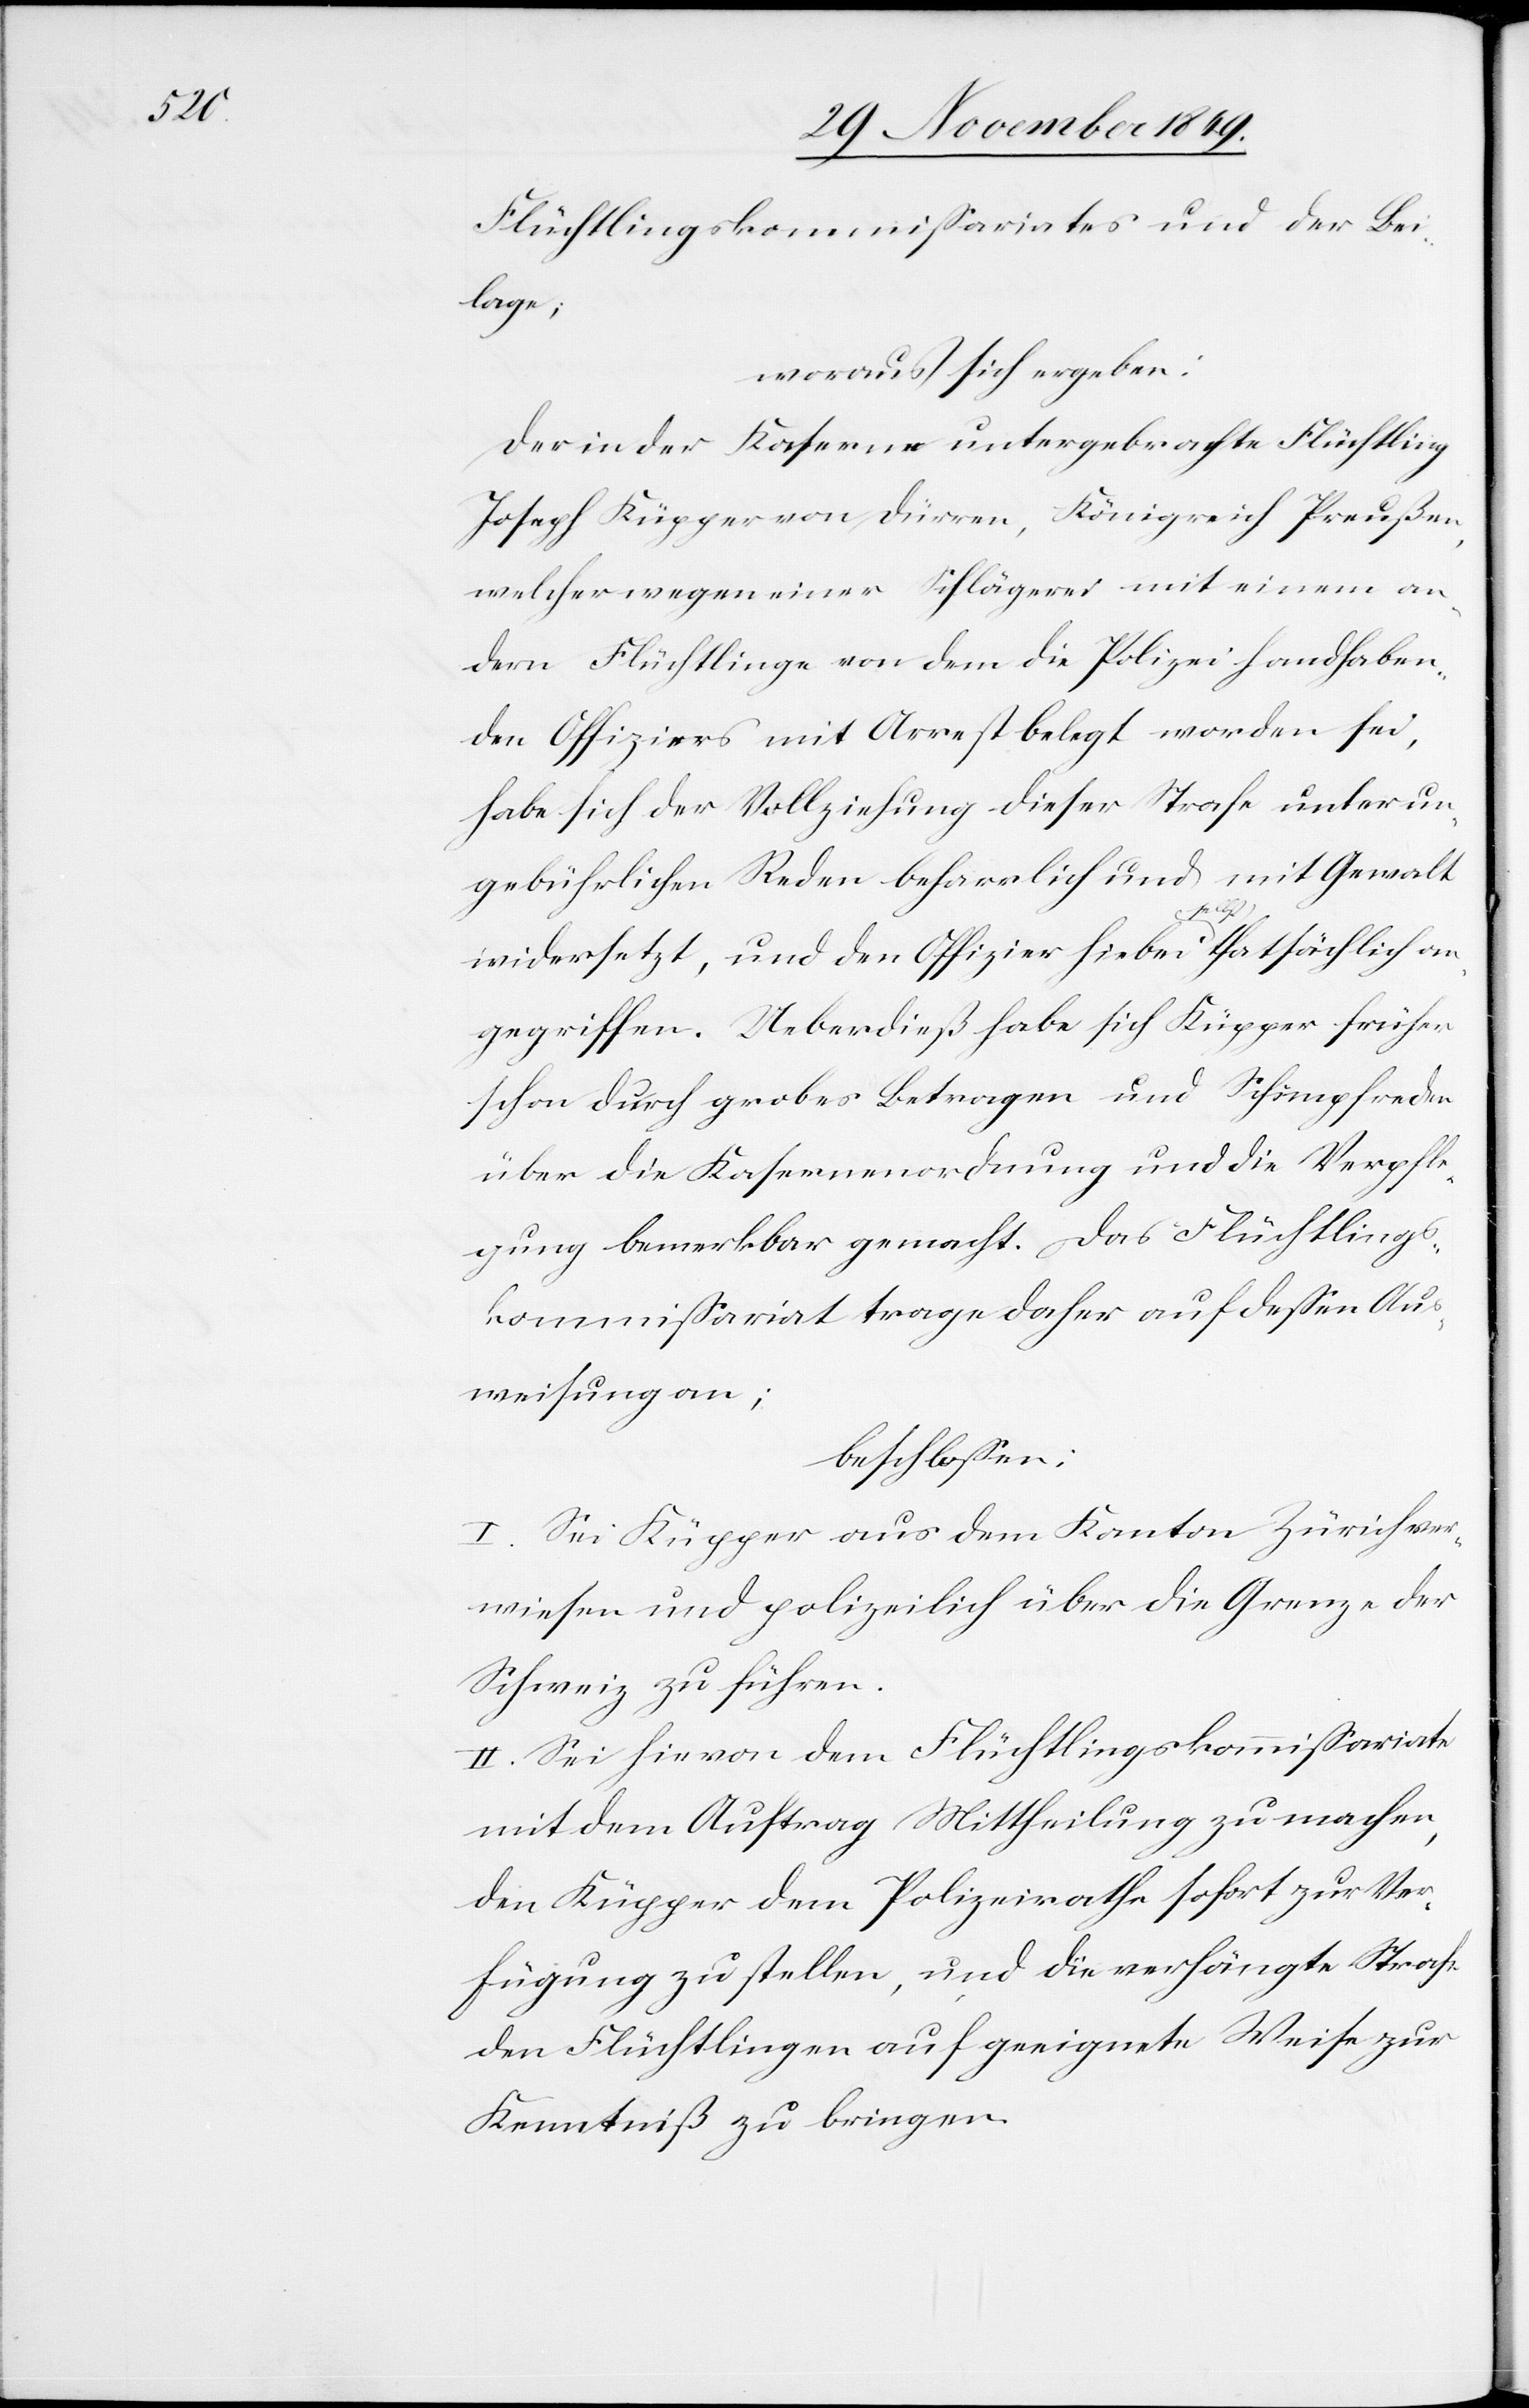
Flüchtlingskommißariates und der Bei¬
lage;
woraus sich ergeben:
Der in der Kaserne untergebrachte Flüchtling
Joseph Küpper von Dürren, Königreich Preußen,
welcher wegen einer Schlägerei mit einem an¬
dern Flüchtling von dem die Polizei handhaben¬
den Offiziers mit Arrest belegt worden sei,
habe sich der Vollziehung dieser Strafe unter un¬
gebührlichen Reden beharrlich und mit Gewalt
widersetzt, und den Offizier hiebei selbst thätlich an¬
gegriffen. Ueberdies habe sich Küpper früher
schon durch grobes Betragen und Schimpfreden
über die Kasernenordnung und die Verpfle¬
gung bemerkbar gemacht. Das Flüchtlings¬
kommißariat trage daher auf deßen Aus¬
weisung an;
beschloßen:
I. Sei Küpper aus dem Kanton Zürich ver¬
wiesen und polizeilich über die Grenze der
Schweiz zu führen.
II. Sei hievon dem Flüchtlingskommißariate
mit dem Auftrag Mittheilung zu machen,
den Küpper dem Polizeirathe sofort zur Ver¬
fügung zu stellen, und die verhängte Strafe
den Flüchtlingen auf geeignete Weise zur
Kenntniß zu bringen.